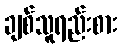
ချစ်သူရည်းစား